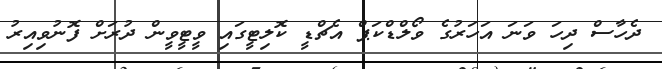
ދެހާސް ދިހަ ވަނަ އަހަރުގެ ވޯލްޑްކަޕް އެޗްޑީ ކޮލިޓީގައި ވީޓީވީން ދުރަށް ފޮނުވިއިރު